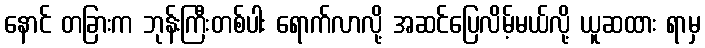
နောင် တခြားက ဘုန်းကြီးတစ်ပါး ရောက်လာလို့ အဆင်ပြေလိမ့်မယ်လို့ ယူဆထား ရာမှ